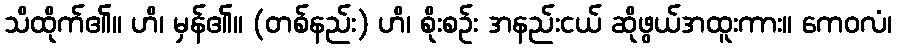
သိထိုက်၏။ ဟိ၊ မှန်၏။ (တစ်နည်း) ဟိ၊ စိုးစဉ်း အနည်းငယ် ဆိုဖွယ်အထူးကား။ ကေဝလံ၊